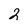
Character: 2